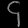
Digit: ၄